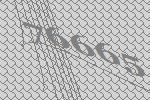
76665